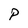
Character: P